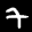
Label: 7